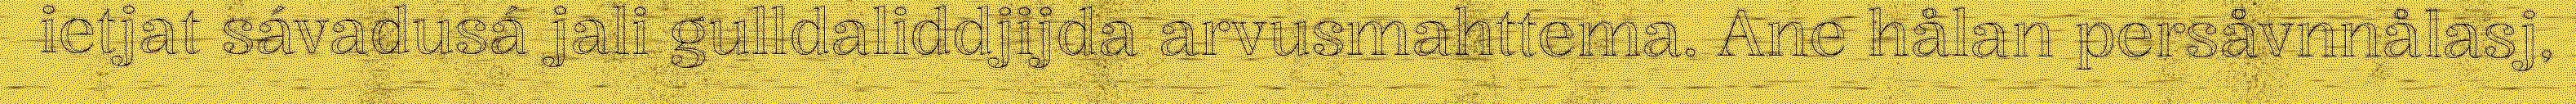
ietjat sávadusá jali gulldaliddjijda arvusmahttema. Ane hålan persåvnnålasj,